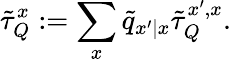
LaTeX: \tilde{\tau}_{Q}^{x}:=\sum_{x}\tilde{q}_{x^{\prime}|x}\tilde{\tau}_{Q}^{x^{\prime},x}.